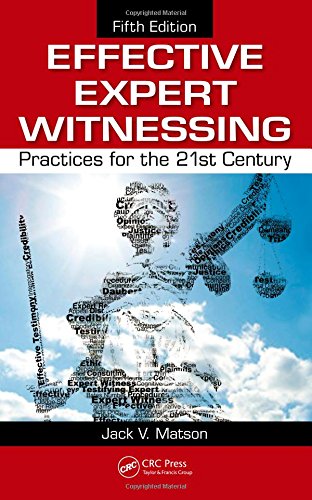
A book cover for Effective Expert Witnessing, Fifth Edition: Practices for the 21st Century; Jack V. Matson; Law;